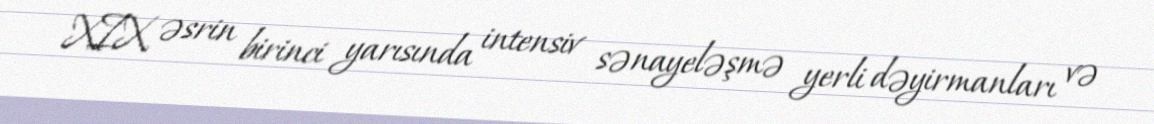
XIX əsrin birinci yarısında intensiv sənayeləşmə yerli dəyirmanları və